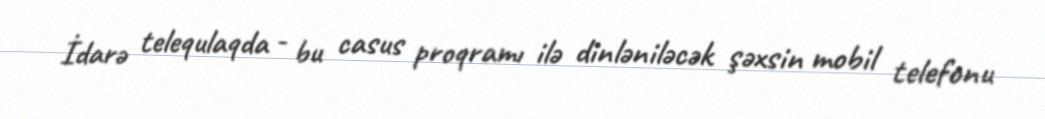
İdarə telequlaqda - bu casus proqramı ilə dinləniləcək şəxsin mobil telefonu